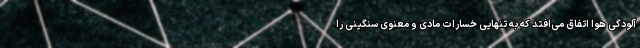
آلودگی هوا اتفاق می‌افتد که به تنهایی خسارات مادی و معنوی سنگینی را